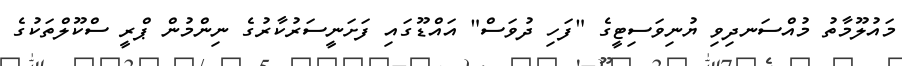
މައުލޫމާތު މުއްސަނދިވި ޔުނިވަސިޓީގެ "ފަހި ދުވަސް" އައްޑޫގައި ފަށަނީސަރުކާރުގެ ނިންމުން ޕްރީ ސްކޫލްތަކުގެ